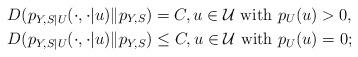
LaTeX: \begin{align*}&D(p_{Y,S|U}(\cdot,\cdot|u)\|p_{Y,S})=C,u\in\mathcal{U}\mbox{ with }p_U(u)>0, \\&D(p_{Y,S|U}(\cdot,\cdot|u)\|p_{Y,S})\leq C,u\in\mathcal{U}\mbox{ with }p_U(u)=0;\end{align*}